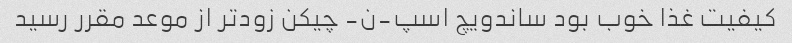
کیفیت غذا خوب بود ساندویچ اسپ-ن- چیکن زودتر از موعد مقرر رسید